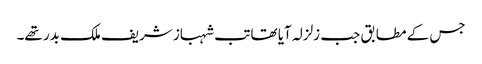
جس کے مطابق جب زلزلہ آیا تھا تب شہباز شریف ملک بدر تھے۔